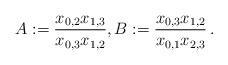
LaTeX: \begin{align*} A:=\frac{x_{0,2}x_{1,3}}{x_{0,3}x_{1,2}},B:=\frac{x_{0,3}x_{1,2}}{x_{0,1}x_{2,3}} \,.\end{align*}